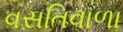
વસતિવાળા